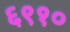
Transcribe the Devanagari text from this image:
६९१०